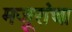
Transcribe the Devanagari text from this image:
मजूरांचा